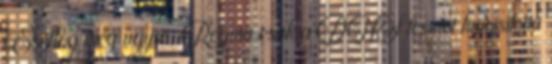
Esetleg még úgyse, Regina csak a DNS tesztet hamisította